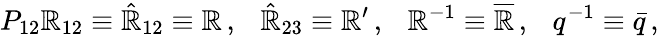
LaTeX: P_{12}\mathbb{R}_{12}\equiv\hat{{\mathbb{R}}}_{12}\equiv\mathbb{R}\, ,\ \ \ \hat{{\mathbb{R}}}_{23}\equiv\mathbb{R}^{\prime}\, ,\ \ \ \mathbb{R}^{-1}\equiv\overline{{{{\mathbb{R}}}}}\, ,\ \ \ q^{-1}\equiv\bar{{q}}\, ,